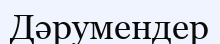
Дәрумендер